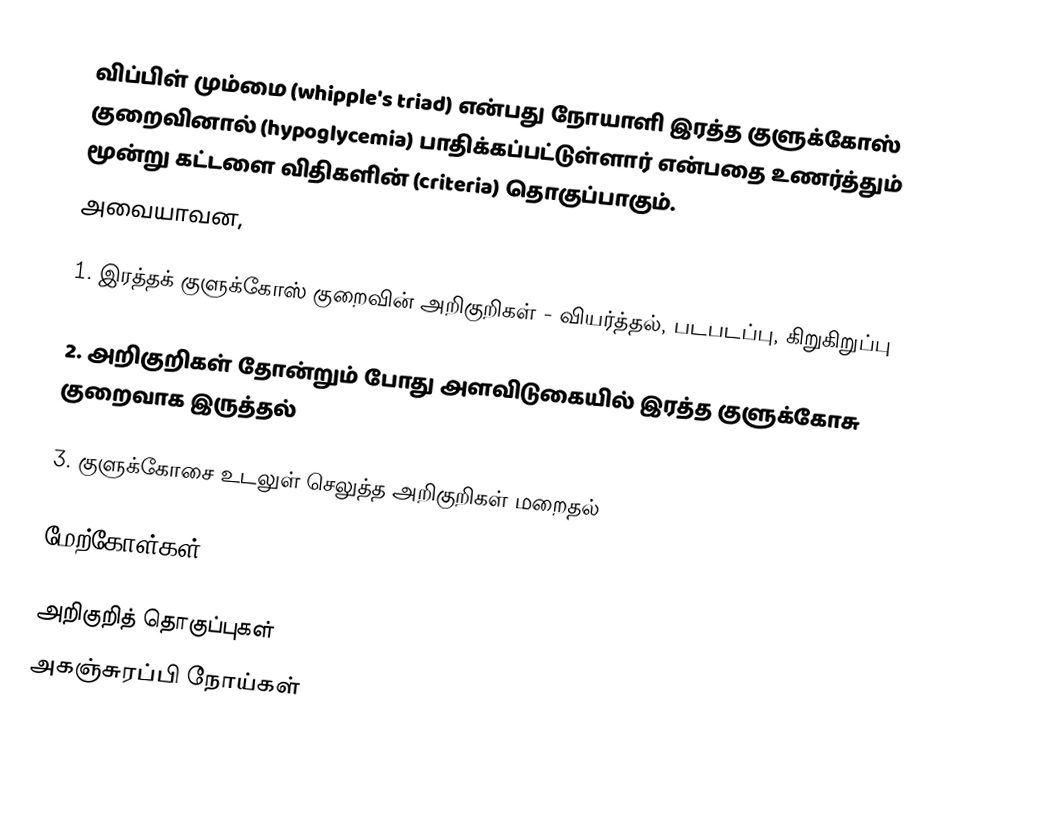
விப்பிள் மும்மை (whipple's triad) என்பது நோயாளி இரத்த குளுக்கோஸ் குறைவினால் (hypoglycemia) பாதிக்கப்பட்டுள்ளார் என்பதை உணர்த்தும் மூன்று கட்டளை விதிகளின் (criteria) தொகுப்பாகும்.
அவையாவன,

1. இரத்தக் குளுக்கோஸ் குறைவின் அறிகுறிகள் - வியர்த்தல், படபடப்பு, கிறுகிறுப்பு

2. அறிகுறிகள் தோன்றும் போது அளவிடுகையில் இரத்த குளுக்கோசு குறைவாக இருத்தல்

3. குளுக்கோசை உடலுள் செலுத்த அறிகுறிகள் மறைதல்

மேற்கோள்கள்

அறிகுறித் தொகுப்புகள்
அகஞ்சுரப்பி நோய்கள்